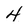
Character: 4